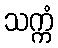
သက္ကံ